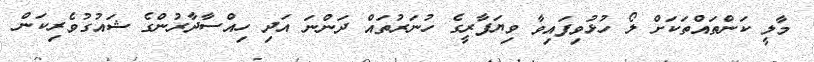
މާލީ ކަންތައްތަކަށް ލޯ ހުޅުވިފައިވާ ވިޔަފާރީގެ ހުނަރުތައް ދަންނަ އަދި ހިއްސާދާރުންގެ ޝައުގުވެރިކަން